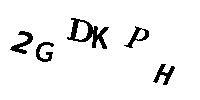
2GDKPH